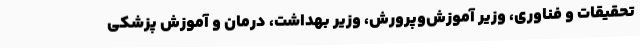
تحقیقات و فناوری، وزیر آموزش‌وپرورش، وزیر بهداشت، درمان و آموزش پزشکی